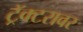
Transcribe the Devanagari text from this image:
ट्रॅक्टरावर